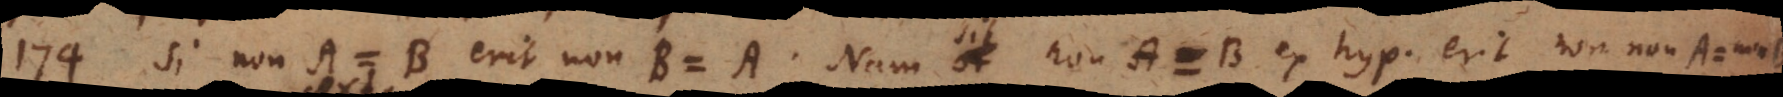
174) Si non-A = B erit non-B = A. Nam sit non-A = B ex hyp. erit non-non-A = non-B